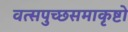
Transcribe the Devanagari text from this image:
वत्सपुच्छसमाकृष्टो